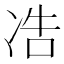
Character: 𱐆